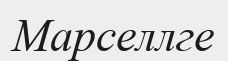
Марселлге